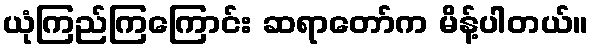
ယုံကြည်ကြကြောင်း ဆရာတော်က မိန့်ပါတယ်။